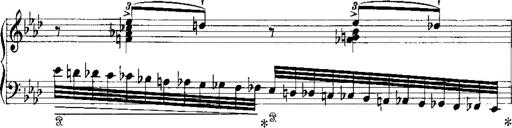
Title: Miserere du Trovatore
Composer: Franz Liszt